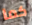
كما